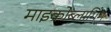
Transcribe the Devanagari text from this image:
माइक्रोब्लागिंग